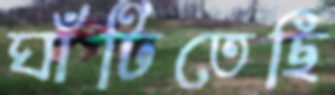
ঘাঁটিতেছি